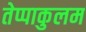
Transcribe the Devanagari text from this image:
तेप्पाकुलम